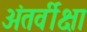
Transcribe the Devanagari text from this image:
अंतर्वीक्षा